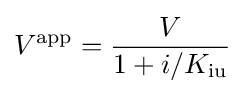
V^{\mathrm {app} }={\dfrac {V}{1+i/K_{\mathrm {iu} }}}